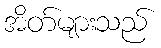
အိတ်များသည်